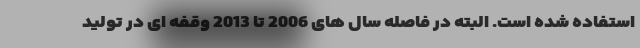
استفاده شده است. البته در فاصله سال های 2006 تا 2013 وقفه ای در تولید